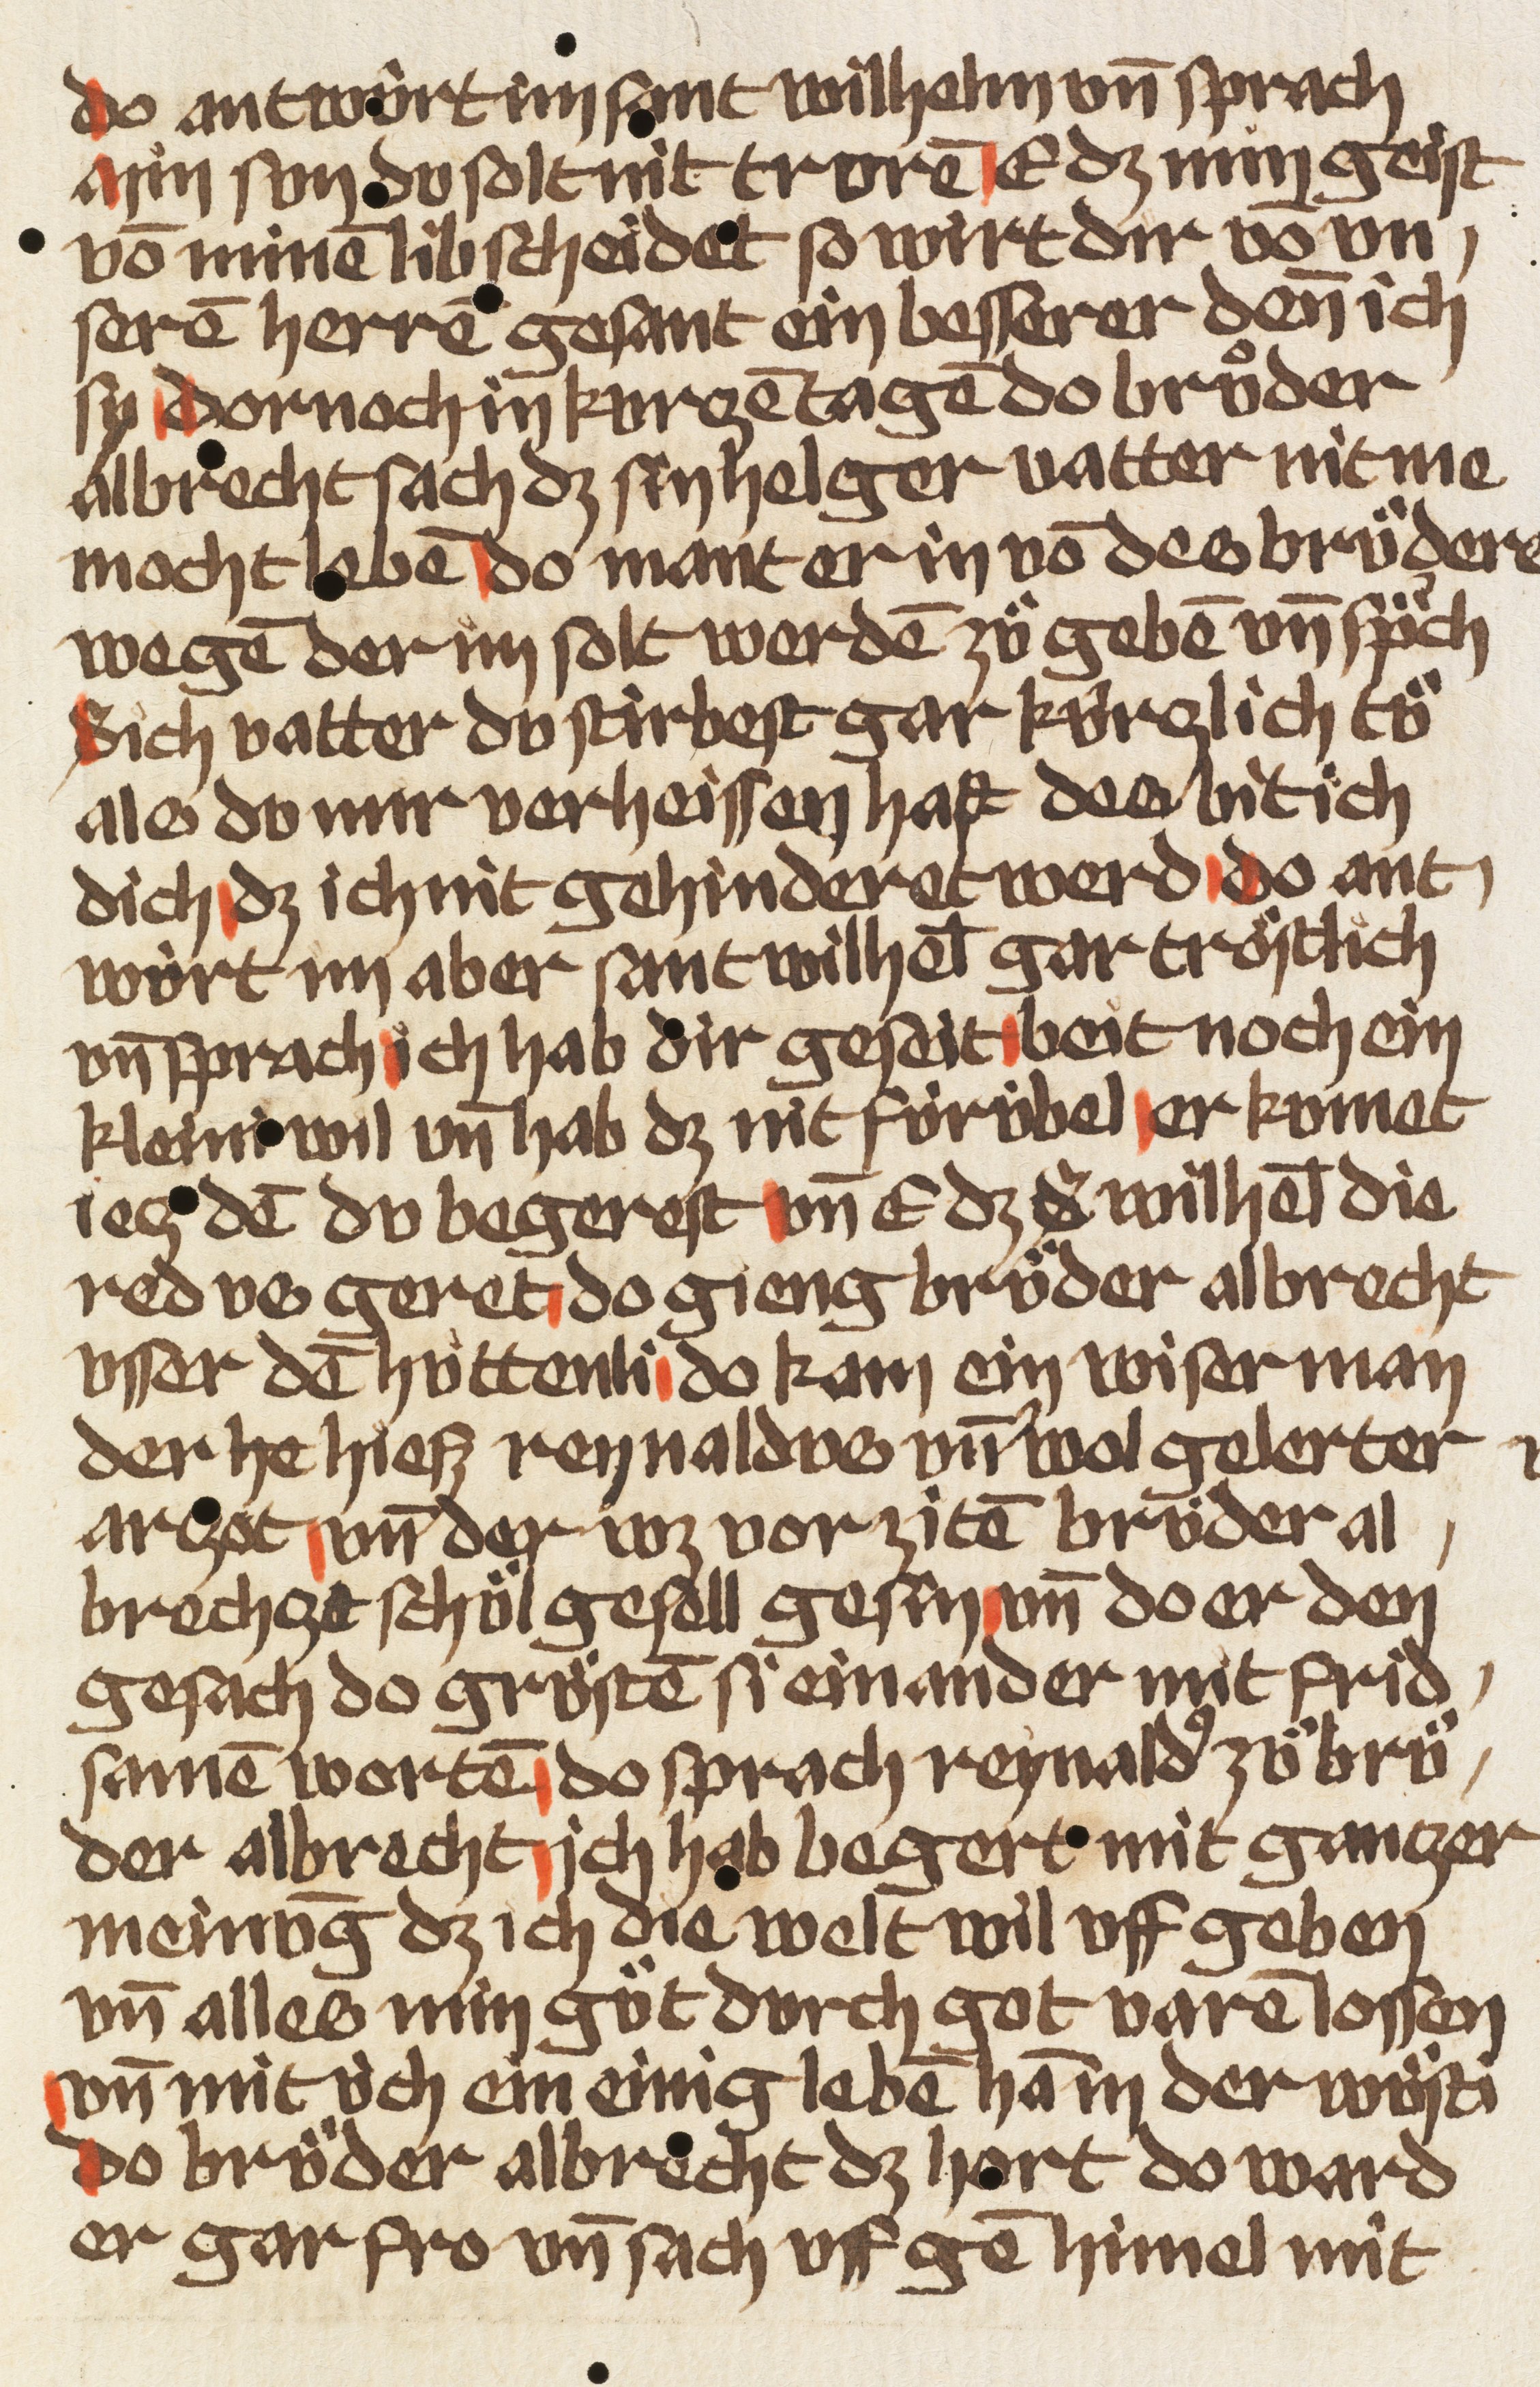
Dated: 1470–1480